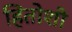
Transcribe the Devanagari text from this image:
हितोशी